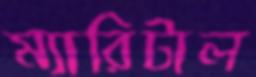
ম্যারিটাল